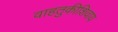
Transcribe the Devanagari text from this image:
वाहतुकीशिवाय